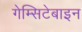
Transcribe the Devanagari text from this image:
गेम्सिटेबाइन